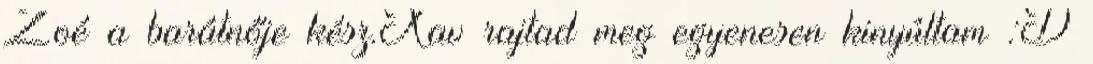
Zoé a barátnője kész.Xav rajtad meg egyenesen kinyúltam :D